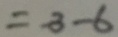
= - 3 - 6